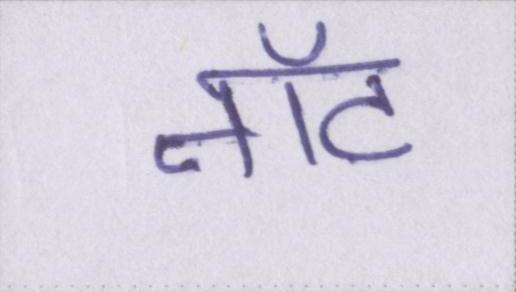
नॉट